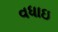
વધાઇ